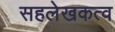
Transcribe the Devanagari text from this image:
सहलेखकत्व